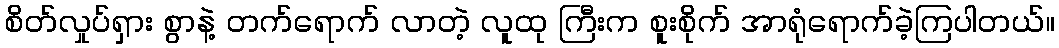
စိတ်လှုပ်ရှား စွာနဲ့ တက်ရောက် လာတဲ့ လူထု ကြီးက စူးစိုက် အာရုံရောက်ခဲ့ကြပါတယ်။